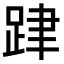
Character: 𨀞